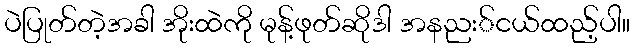
ပဲပြုတ်တဲ့အခါ အိုးထဲကို မုန့်ဖုတ်ဆိုဒါ အနညး်ငယ်ထည့်ပါ။